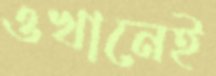
ওখানেই